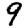
Digit: 9